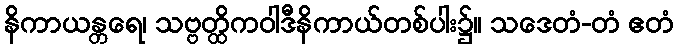
နိကာယန္တရေ၊ သဗ္ဗတ္ထိကဝါဒီနိကာယ်တစ်ပါး၌။ သဒေတံ-တံ ဧတံ